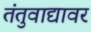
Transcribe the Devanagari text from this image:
तंतुवाद्यावर